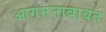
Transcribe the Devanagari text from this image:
आगमनाबाबत